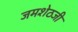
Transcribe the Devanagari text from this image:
जमशेठजी